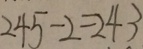
2 4 5 - 2 = 2 4 3